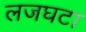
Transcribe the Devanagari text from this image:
लजघटा